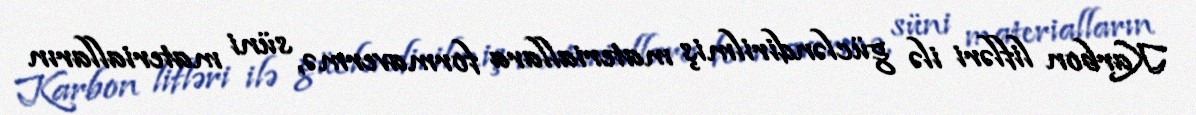
Karbon lifləri ilə gücləndirilmiş materiallara formavermə, süni materialların